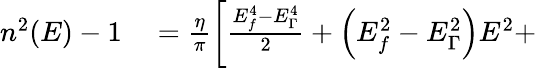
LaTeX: \begin{array}{rl}{n^{2}(E)-1}&{{}=\frac{\eta}{\pi}\left[\frac{E_{f}^{4}-E_{\Gamma}^{4}}{2}+\left(E_{f}^{2}-E_{\Gamma}^{2}\right)E^{2}+\right.}\end{array}